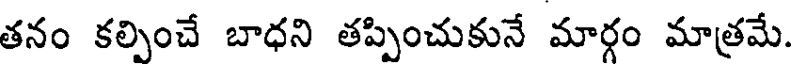
తనం కల్పించే బాధని తప్పించుకునే మార్గం మాత్రమే.